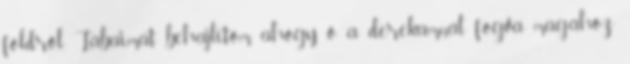
földről. Lábaimat behajlítom, ahogy ő a derekamnál fogva magához